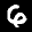
Label: 6